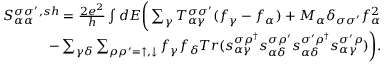
\begin{array} { r } { { S _ { \alpha \alpha } ^ { \sigma \sigma ^ { \prime } , s h } } = \frac { 2 e ^ { 2 } } { h } \int d E \bigg ( \sum _ { \gamma } T _ { \alpha \gamma } ^ { \sigma \sigma ^ { \prime } } ( f _ { \gamma } - f _ { \alpha } ) + M _ { \alpha } \delta _ { \sigma \sigma ^ { \prime } } f _ { \alpha } ^ { 2 } } \\ { - \sum _ { \gamma \delta } \sum _ { \rho \rho ^ { \prime } = \uparrow , \downarrow } f _ { \gamma } f _ { \delta } T r ( s _ { \alpha \gamma } ^ { \sigma \rho ^ { \dagger } } s _ { \alpha \delta } ^ { \sigma \rho ^ { \prime } } s _ { \alpha \delta } ^ { \sigma ^ { \prime } \rho ^ { \dagger } } s _ { \alpha \gamma } ^ { \sigma ^ { \prime } \rho } ) \bigg ) . } \end{array}